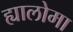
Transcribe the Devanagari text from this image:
ह्यालोमा